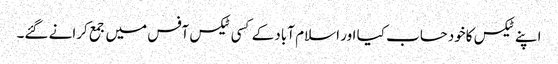
اپنے ٹیکس کاخودحساب کیا اور اسلام آباد کے کسی ٹیکس آفس میں جمع کرانے گئے۔